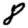
Digit: 8